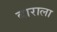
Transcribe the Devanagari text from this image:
बाराला